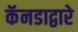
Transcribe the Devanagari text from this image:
कॅनडाद्वारे